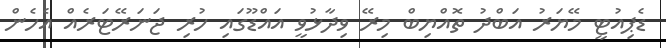
ޑެޕިއުޓީ މޭޔަރު އަބްދު ތޮއްޔިބް މިރޭ ވިދާޅުވީ އައްޑޫގައި ހުރި ޖަނަރޭޓަރެއް އެހެން